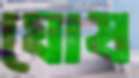
ঘোষ